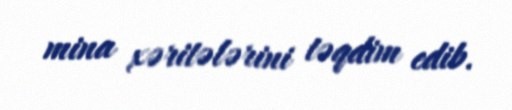
mina xəritələrini təqdim edib.